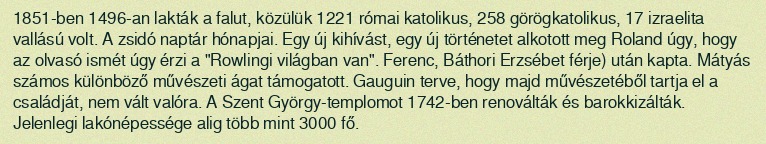
1851-ben 1496-an lakták a falut, közülük 1221 római katolikus, 258 görögkatolikus, 17 izraelita vallású volt. A zsidó naptár hónapjai. Egy új kihívást, egy új történetet alkotott meg Roland úgy, hogy az olvasó ismét úgy érzi a "Rowlingi világban van". Ferenc, Báthori Erzsébet férje) után kapta. Mátyás számos különböző művészeti ágat támogatott. Gauguin terve, hogy majd művészetéből tartja el a családját, nem vált valóra. A Szent György-templomot 1742-ben renoválták és barokkizálták. Jelenlegi lakónépessége alig több mint 3000 fő.